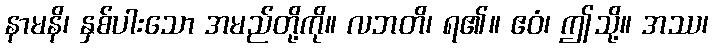
နာမနိ၊ နှစ်ပါးသော အမည်တို့ကို။ လဘတိ၊ ရ၏။ ဧဝံ၊ ဤသို့။ အဿ၊